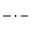
- \cdot -